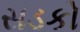
સડકો